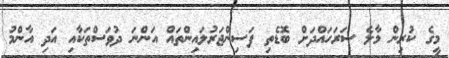
މީގެ ކުރިން މާލެ ސަރަހައްދަށް ބޮޑެތި ފަސިންޖަރުލައިންތައް އަންނަ ދުވަސްތަކާއި އަދި އާންމު